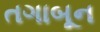
તગાબૂન